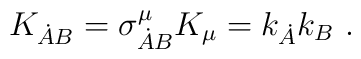
K_{\dot A B}=\sigma^\mu_{\dot A B} K_\mu =k_{\dot A} k_B\ .